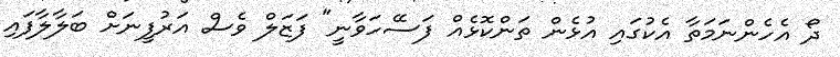
ދޯ އެހެންނަމަތާ އެކުގައި އުޅެން ތަންކޮޅެއް ފަސޭހަވާނީ" ފަޒަލް ވެސް އަރުފީނަށް ބަލާލާފައި